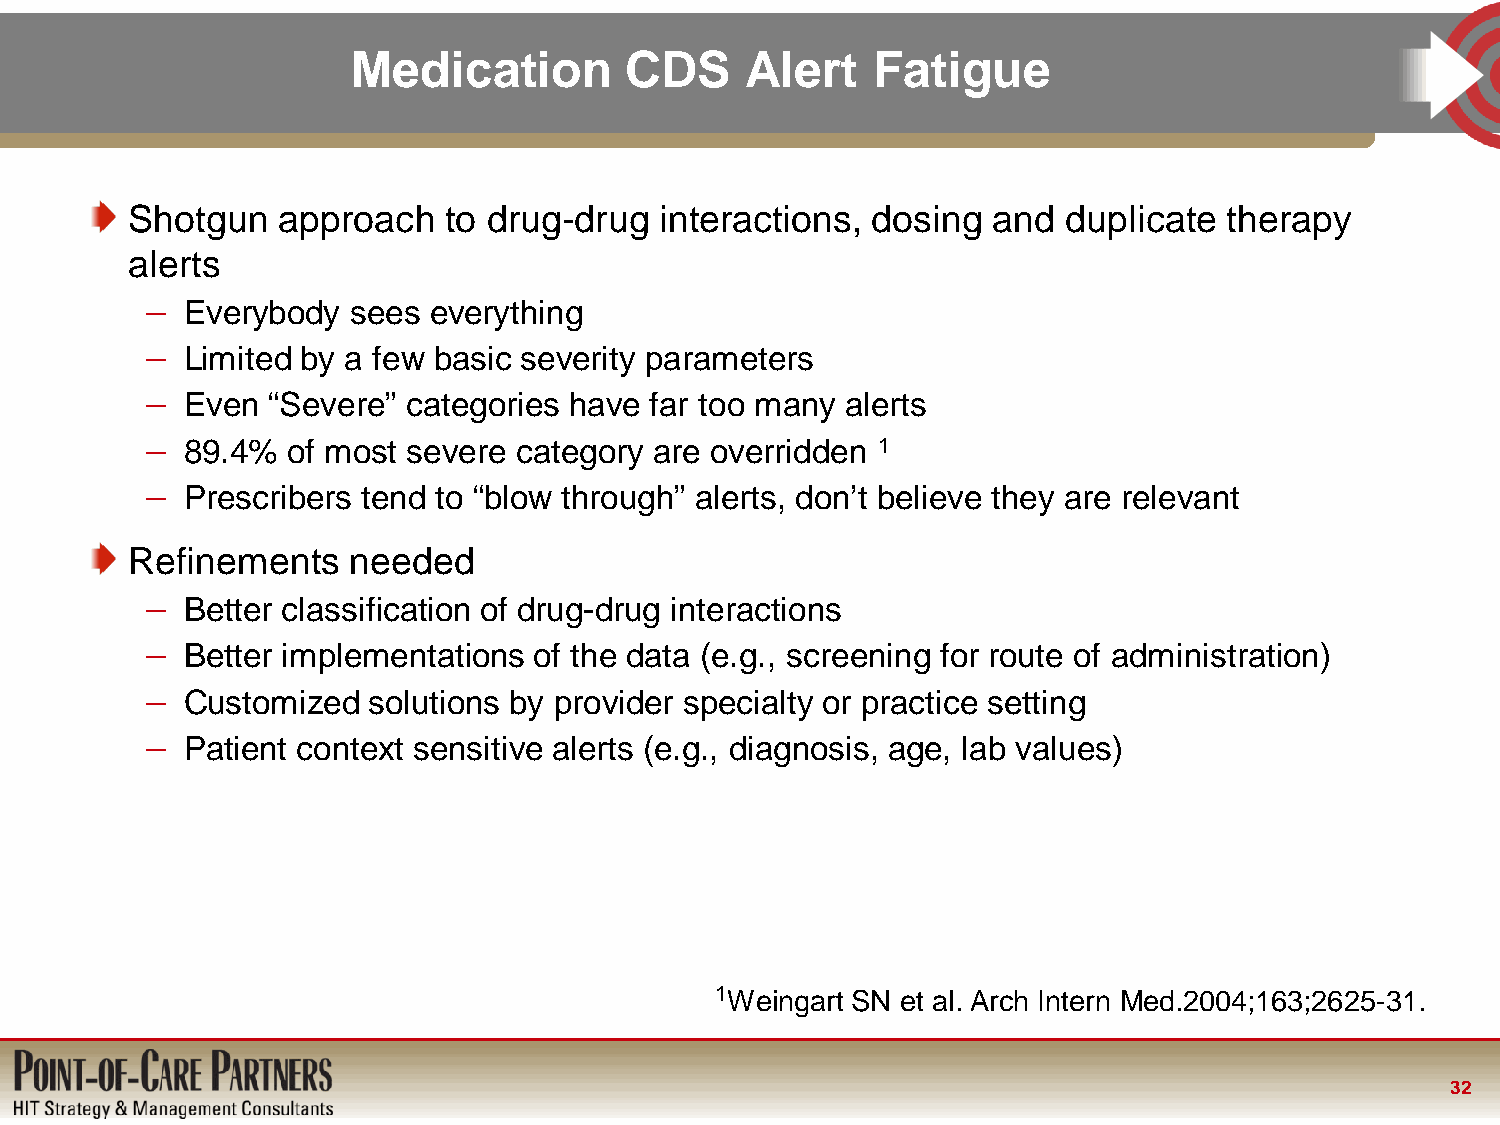
Medication        CDS     Alert    Fatigue
 Shotgun   approach   to drug-drug   interactions, dosing  and  duplicate therapy
 alerts
 – Everybody  sees everything
 – Limited by a few basic severity parameters
 – Even  “Severe” categories have far too many alerts
 – 89.4%  of most severe category are overridden 1
 – Prescribers tend to “blow through” alerts, don’t believe they are relevant
 Refinements    needed
 – Better classification of drug-drug interactions
 – Better implementations of the data (e.g., screening for route of administration)
 – Customized  solutions by provider specialty or practice setting
 – Patient context sensitive alerts (e.g., diagnosis, age, lab values)
 1Weingart SN et al. Arch Intern Med.2004;163;2625-31.
 32